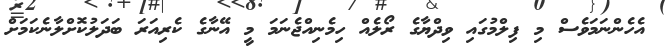
އެހެންނަމަވެސް މި ފިލްމުގައި ވިދްޔާގެ ރޯލެއް ހިމެނިއްޖެނަމަ މީ އޭނާގެ ކެރިއަރަ ބަދަލުކޮށްލާނެކަމަށް